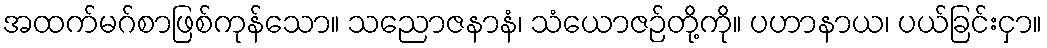
အထက်မဂ်စာဖြစ်ကုန်သော။ သညောဇနာနံ၊ သံယောဇဉ်တို့ကို။ ပဟာနာယ၊ ပယ်ခြင်းငှာ။